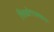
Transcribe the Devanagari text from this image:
सिओराक्सन